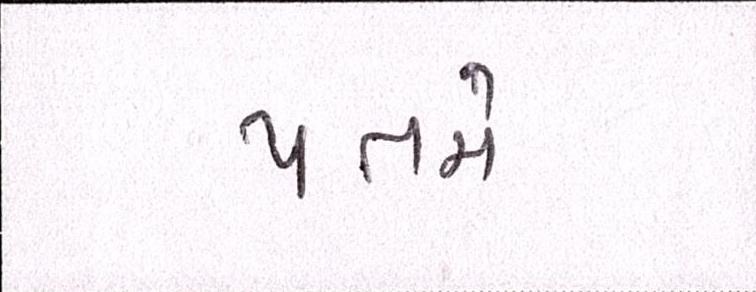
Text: પતમે